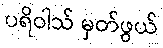
ပရိဝါသ် မှတ်ဖွယ်